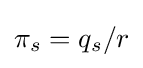
\pi _{s}=q_{s}/r